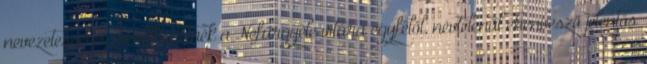
nevezetességet. Emlékeztetnék a Nefürgyéle vitára egyfelől, névtelenül éhenvesző jelentős